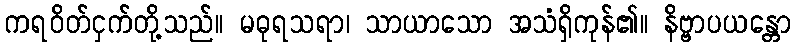
ကရဝိတ်ငှက်တို့သည်။ မဓုရသရာ၊ သာယာသော အသံရှိကုန်၏။ နိဗ္ဗာပယန္တော